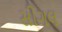
સીગલ